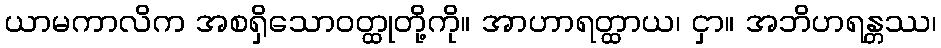
ယာမကာလိက အစရှိသောဝတ္ထုတို့ကို။ အာဟာရတ္ထာယ၊ ငှာ။ အဘိဟရန္တဿ၊